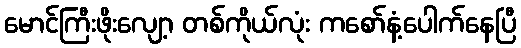
မောင်ကြီးဖိုးလျော့ တစ်ကိုယ်လုံး ကစော်နံ့ပေါက်နေပြီ